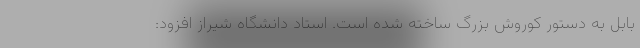
بابل به دستور کوروش بزرگ ساخته شده است. استاد دانشگاه شیراز افزود: